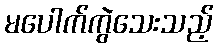
မပေါက်ကွဲသေးသည့်